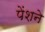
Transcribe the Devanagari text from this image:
पेंशने